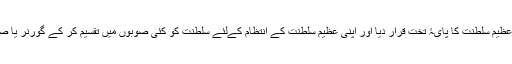
انھوں نے پشاور کو اپنی عظیم سلطنت کا پایۂ تخت قرار دیا اور اپنی عظیم سلطنت کے انتظام کےلئے سلطنت کو کئی صوبوں میں تقسیم کر کے گورنر یا صوبہ دار مقرر کئے تھے۔